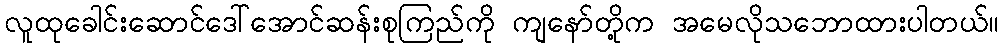
လူထုခေါင်းဆောင်ဒေါ်အောင်ဆန်းစုကြည်ကို ကျနော်တို့က အမေလိုသဘောထားပါတယ်။